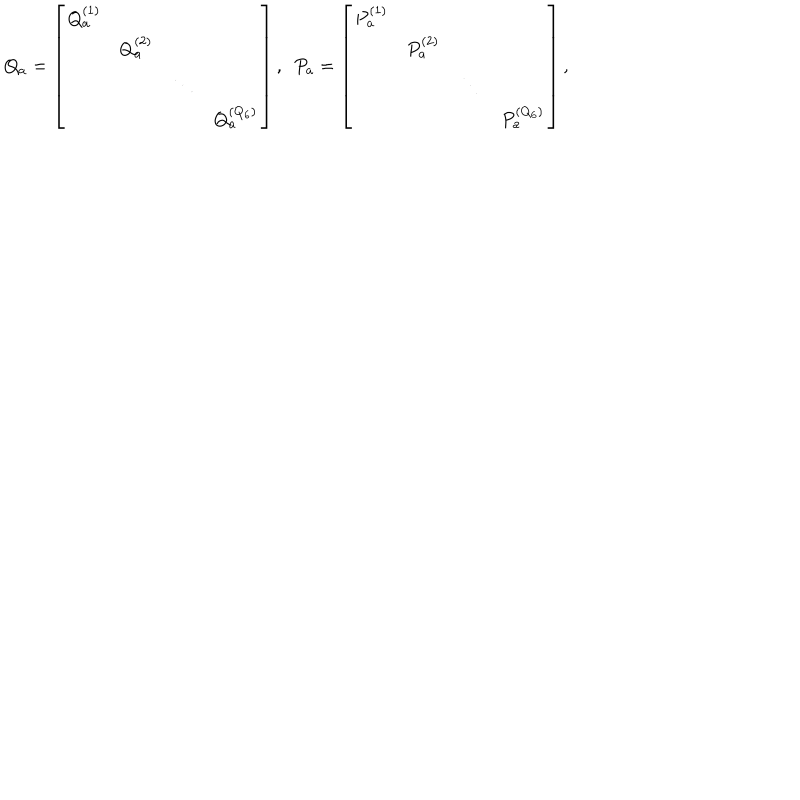
Q _ { a } = \left[ \begin{matrix} { { Q _ { a } ^ { ( 1 ) } } } & { { } } & { { } } & { { } } \\ { { } } & { { Q _ { a } ^ { ( 2 ) } } } & { { } } & { { } } \\ { { } } & { { } } & { { \ddots } } & { { } } \\ { { } } & { { } } & { { } } & { { Q _ { a } ^ { ( Q _ { 6 } ) } } } \\ \end{matrix} \right] , \ \ P _ { a } = \left[ \begin{matrix} { { P _ { a } ^ { ( 1 ) } } } & { { } } & { { } } & { { } } \\ { { } } & { { P _ { a } ^ { ( 2 ) } } } & { { } } & { { } } \\ { { } } & { { } } & { { \ddots } } & { { } } \\ { { } } & { { } } & { { } } & { { P _ { a } ^ { ( Q _ { 6 } ) } } } \\ \end{matrix} \right] ,